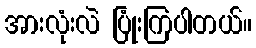
အားလုံးလဲ ပြုံးကြပါတယ်။